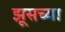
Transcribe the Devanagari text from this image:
झूसच्या